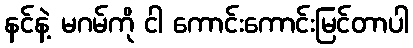
နင်နဲ့ မဂမ်ကို ငါ ကောင်းကောင်းမြင်တာပါ